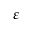
\varepsilon